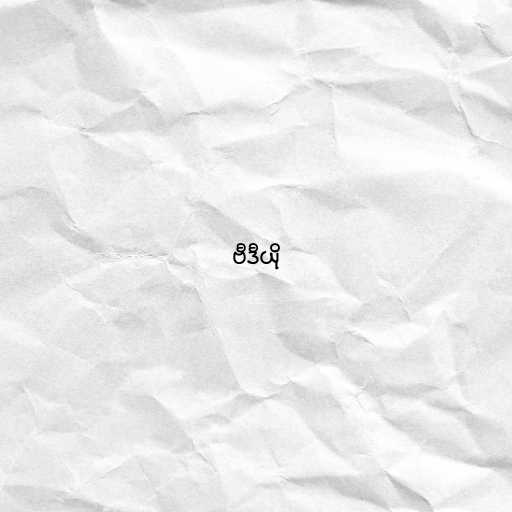
ဗီဒီယို